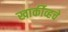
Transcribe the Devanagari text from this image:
खार्कीव्हचे